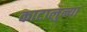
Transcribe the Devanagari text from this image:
काटालुन्या